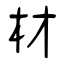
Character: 材